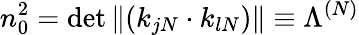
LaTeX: n_{0}^{2}=\operatorname*{det}\| (k_{jN}\cdot k_{lN})\| \equiv\Lambda^{(N)}